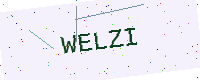
Text: WELZI